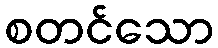
စတင်သော